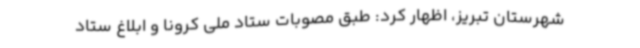
شهرستان تبریز، اظهار کرد: طبق مصوبات ستاد ملی کرونا و ابلاغ ستاد